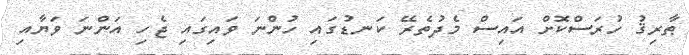
ޠާރިޤު ހުރަސްކޮށް އައިސް މެދުތެރޭ ކަނޑުގައި ހުންނަ ވައިގައި ޖެހި އަންނަ ވަޔާއި